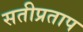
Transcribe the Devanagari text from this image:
सतीप्रताप